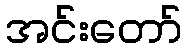
အင်းတော်